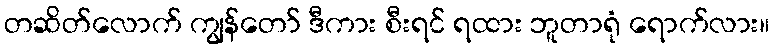
တဆိတ်လောက် ကျွန်တော် ဒီကား စီးရင် ရထား ဘူတာရုံ ရောက်လား။